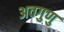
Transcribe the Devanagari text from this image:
अवगुणु